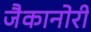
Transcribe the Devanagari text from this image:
जैकानोरी